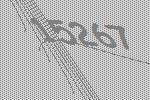
15267